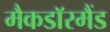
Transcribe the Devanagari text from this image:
मैकडाॅरमैंड